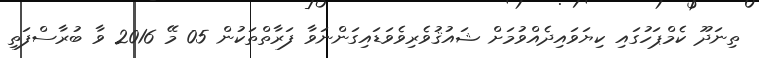
ތިނަދޫ ކެމްޕަހުގައި ކިޔަވައިދެއްވުމަށް ޝައުޤުވެރިވެވަޑައިގަންނަވާ ފަރާތްތަކުން 05 މޭ 2016 ވާ ބުރާސްފަތި